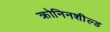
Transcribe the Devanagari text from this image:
क्रोनिनशील्ड